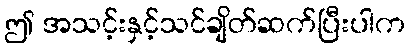
ဤ အသင့်းနှင့်သင်ချိတ်ဆက်ပြီးပါက